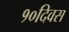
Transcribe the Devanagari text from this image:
१०दिवस